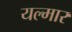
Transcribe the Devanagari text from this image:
यल्मार